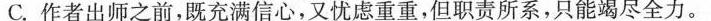
C.作者出师之前，既充满信心，又忧虑重重，但职责所系，只能竭尽全力。